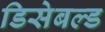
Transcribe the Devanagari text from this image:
डिसेबल्ड